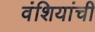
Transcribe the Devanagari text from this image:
वंशियांची